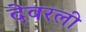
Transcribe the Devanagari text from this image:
देवरली